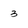
Character: 3